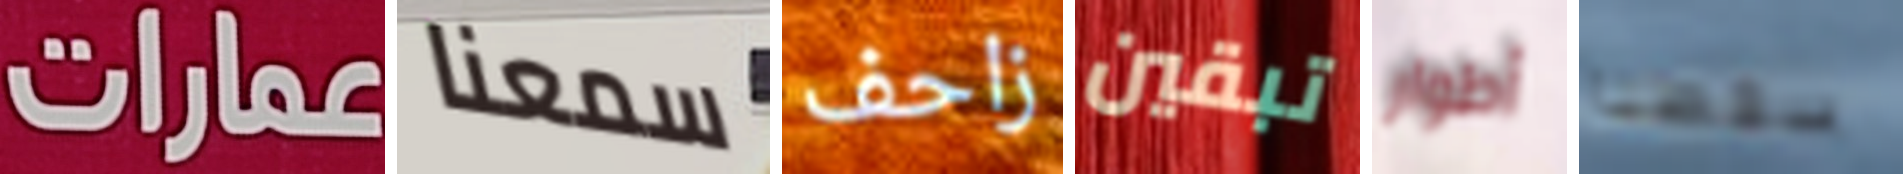
عمارات سمعنا زاحف تبقين أطوار سقطنا